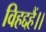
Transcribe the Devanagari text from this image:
विहद्दहैं।।